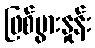
ဖြစ်ပွားနှုန်း